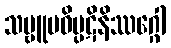
သဗ္ဗူပဓိပ္ပဋိနိဿဂ္ဂေါ